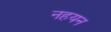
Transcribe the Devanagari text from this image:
नहयन